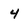
Character: 4